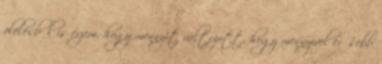
ölelésből is érzem, hogy mennyit változott, hogy mennyivel erősebb